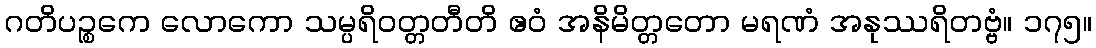
ဂတိပဉ္စကေ လောကော သမ္ပရိဝတ္တတီတိ ဧဝံ အနိမိတ္တတော မရဏံ အနုဿရိတဗ္ဗံ။ ၁၇၅။